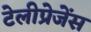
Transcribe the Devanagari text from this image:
टेलीप्रेजेंस